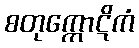
စတုက္ကောဋိကံ